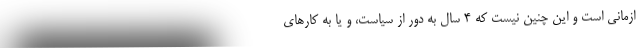
ازمانی است و این چنین نیست که ۴ سال به دور از سیاست، و یا به کارهای